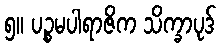
၅။ ပဉ္စမပါရာဇိက သိက္ခာပုဒ်